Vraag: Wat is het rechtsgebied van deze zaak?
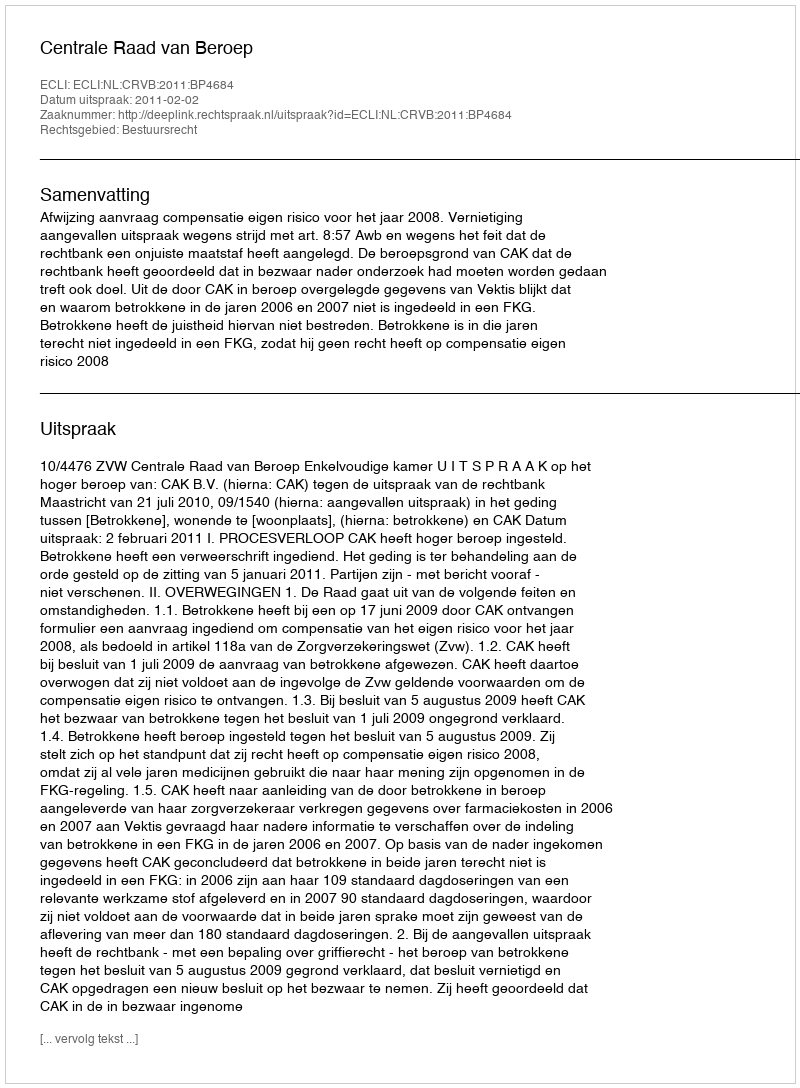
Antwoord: Bestuursrecht